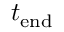
t _ { \mathrm { e n d } }